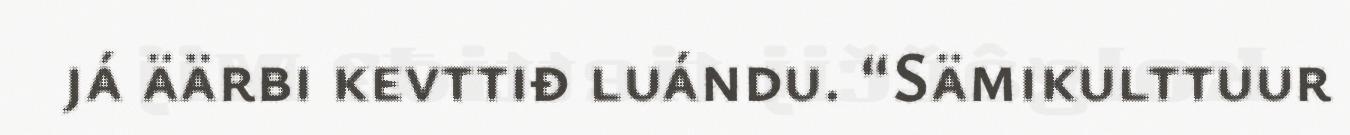
já äärbi kevttiđ luándu. “Sämikulttuur